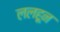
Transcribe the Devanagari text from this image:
ललहून